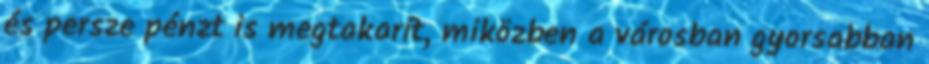
és persze pénzt is megtakarít, miközben a városban gyorsabban